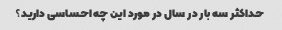
حداکثر سه بار در سال در مورد این چه احساسی دارید؟